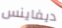
ديفاينس